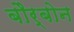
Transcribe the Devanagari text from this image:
बौर्बोन